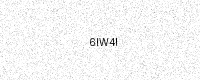
Text: 6IW4I